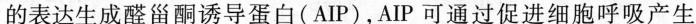
的表达生成醛甾酮诱导蛋白(AIP)，AIP可通过促进细胞呼吸产生